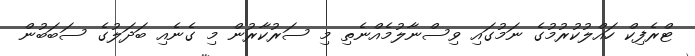
ޓްރެފިކް ހައްލުކުރުމުގެ ނަމުގައި ވިސްނާލުމެއްނެތި މި ސަރުކާރުން މި ގެނެއި ބަދަލުގެ ސަބަބުން